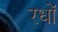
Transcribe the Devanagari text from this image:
रधों